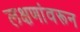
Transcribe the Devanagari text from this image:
लक्षणांवरून